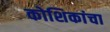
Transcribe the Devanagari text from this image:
कोशिकांचा